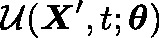
\mathcal { U } ( \mathbf { \boldsymbol { X } } ^ { \prime } , t ; \mathbf { \boldsymbol { \theta } } )